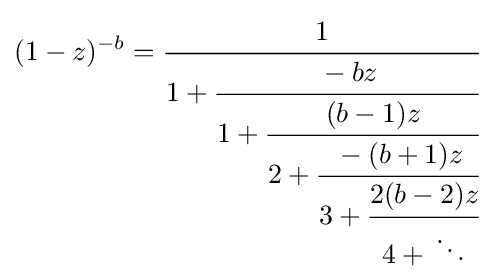
(1-z)^{-b}={\cfrac {1}{1+{\cfrac {-bz}{1+{\cfrac {(b-1)z}{2+{\cfrac {-(b+1)z}{3+{\cfrac {2(b-2)z}{4+{}\ddots }}}}}}}}}}